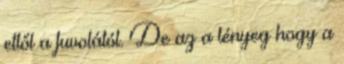
ettől a fuvolától. De az a lényeg hogy a